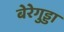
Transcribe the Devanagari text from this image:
बेरेगुड्डा